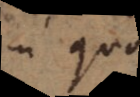
in quo